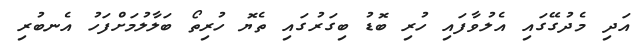
އަދި މެދުގޭގައި އެލުވާފައި ހުރި ބޮޑު ބިގަރުގައި ތެޔޮ ހުރިތޯ ބަލާލުމަށްފަހު އެނބުރި